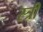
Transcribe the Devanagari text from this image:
स्त्रीं